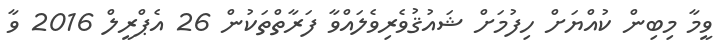
ވީމާ މިބިން ކުއްޔަށް ހިފުމަށް ޝައުޤުވެރިވެލައްވާ ފަރާތްތަކުން 26 އެޕްރީލް 2016 ވާ